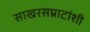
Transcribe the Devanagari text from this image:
साखरसम्राटांशी